Leprosy in India: report of the Leprosy Commission in India, 1890-91
Year: 1890
Disease focus: Leprosy
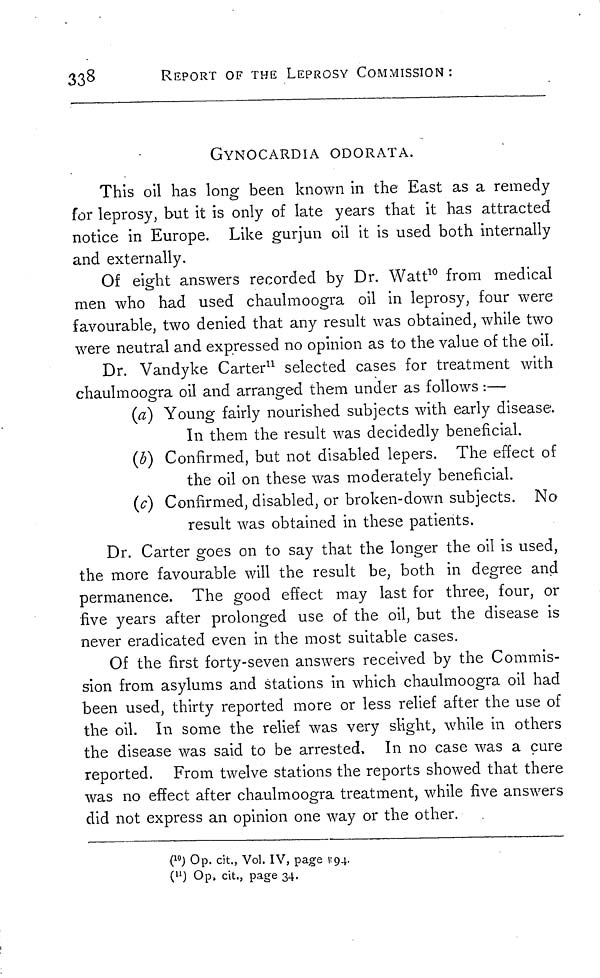
338
REPORT OF THE LEPROSY COMMISSION :
GYNOCARDIA ODORATA.
This oil has long been known in the East as a remedy
for leprosy, but it is only of late years that it has attracted
notice in Europe. Like gurjun oil it is used both internally
and externally.
Of eight answers recorded by Dr. Watt 10 from medical
men who had used chaulmoogra oil in leprosy, four were
favourable, two denied that any result was obtained, while two
were neutral and expressed no opinion as to the value of the oil.
Dr. Vandyke Carter 11 selected cases for treatment with
chaulmoogra oil and arranged them under as follows :—
(a) Young fairly nourished subjects with early disease.
In them the result was decidedly beneficial.
(b) Confirmed, but not disabled lepers. The effect of
the oil on these was moderately beneficial.
(c) Confirmed, disabled, or broken-down subjects. No
result was obtained in these patients.
Dr. Carter goes on to say that the longer the oil is used,
the more favourable will the result be, both in degree and
permanence. The good effect may last for three, four, or
five years after prolonged use of the oil, but the disease is
never eradicated even in the most suitable cases.
Of the first forty-seven answers received by the Commis-
sion from asylums and stations in which chaulmoogra oil had
been used, thirty reported more or less relief after the use of
the oil. In some the relief was very slight, while in others
the disease was said to be arrested, In no case was a cure
reported. From twelve stations the reports showed that there
was no effect after chaulmoogra treatment, while five answers
did not express an opinion one way or the other.
( 10 ) Op. cit., Vol. IV, page 1:94.
( 11 ) Op, cit., page 34.